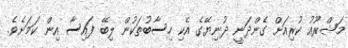
މަޝްރޫއު ކުރިއަށް ގެންދަނީ ދުނިޔޭގެ އެކި ހިސާބުތަކުން ލިބޭ ފައިސާ އިން ކަމަށެވެ.